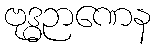
ဗုဒ္ဓဉာဏေန